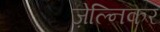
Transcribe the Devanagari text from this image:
ज़ेल्निकर